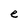
Character: e